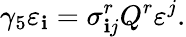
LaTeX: \gamma_{5}\varepsilon_{\mathbf{i}}=\sigma_{\mathbf{i}j}^{r}Q^{r}\varepsilon^{j}.